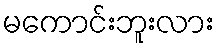
မကောင်းဘူးလား